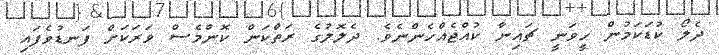
ދެލޯ ކުޑަކަމުން ހީވަނީ ޗައިނާ ކުއްޖެއްހެންނެވެ. ދެލޮލުގެ ރަތްކަން ކޮންމެސް ވަރަކަށް ފަނޑުވެފައި